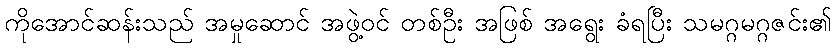
ကိုအောင်ဆန်းသည် အမှုဆောင် အဖွဲ့ဝင် တစ်ဦး အဖြစ် အရွေး ခံရပြီး သမဂ္ဂမဂ္ဂဇင်း၏